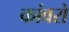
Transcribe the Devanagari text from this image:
कांवरों